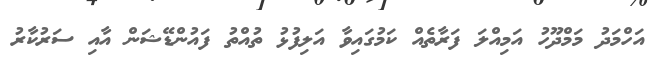
އަހްމަދު މަމްދޫހު އަމިއްލަ ފަރާތެއް ކަމުގައިވާ އަލިފުޅު ތުއްތު ފައުންޑޭޝަން އާއި ސަރުކާރު